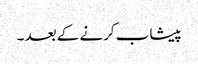
پیشاب کرنے کے بعد ۔